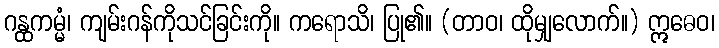
ဂန္ထကမ္မံ၊ ကျမ်းဂန်ကိုသင်ခြင်းကို။ ကရောသိ၊ ပြု၏။ (တာဝ၊ ထိုမျှလောက်။) ဣဓေဝ၊